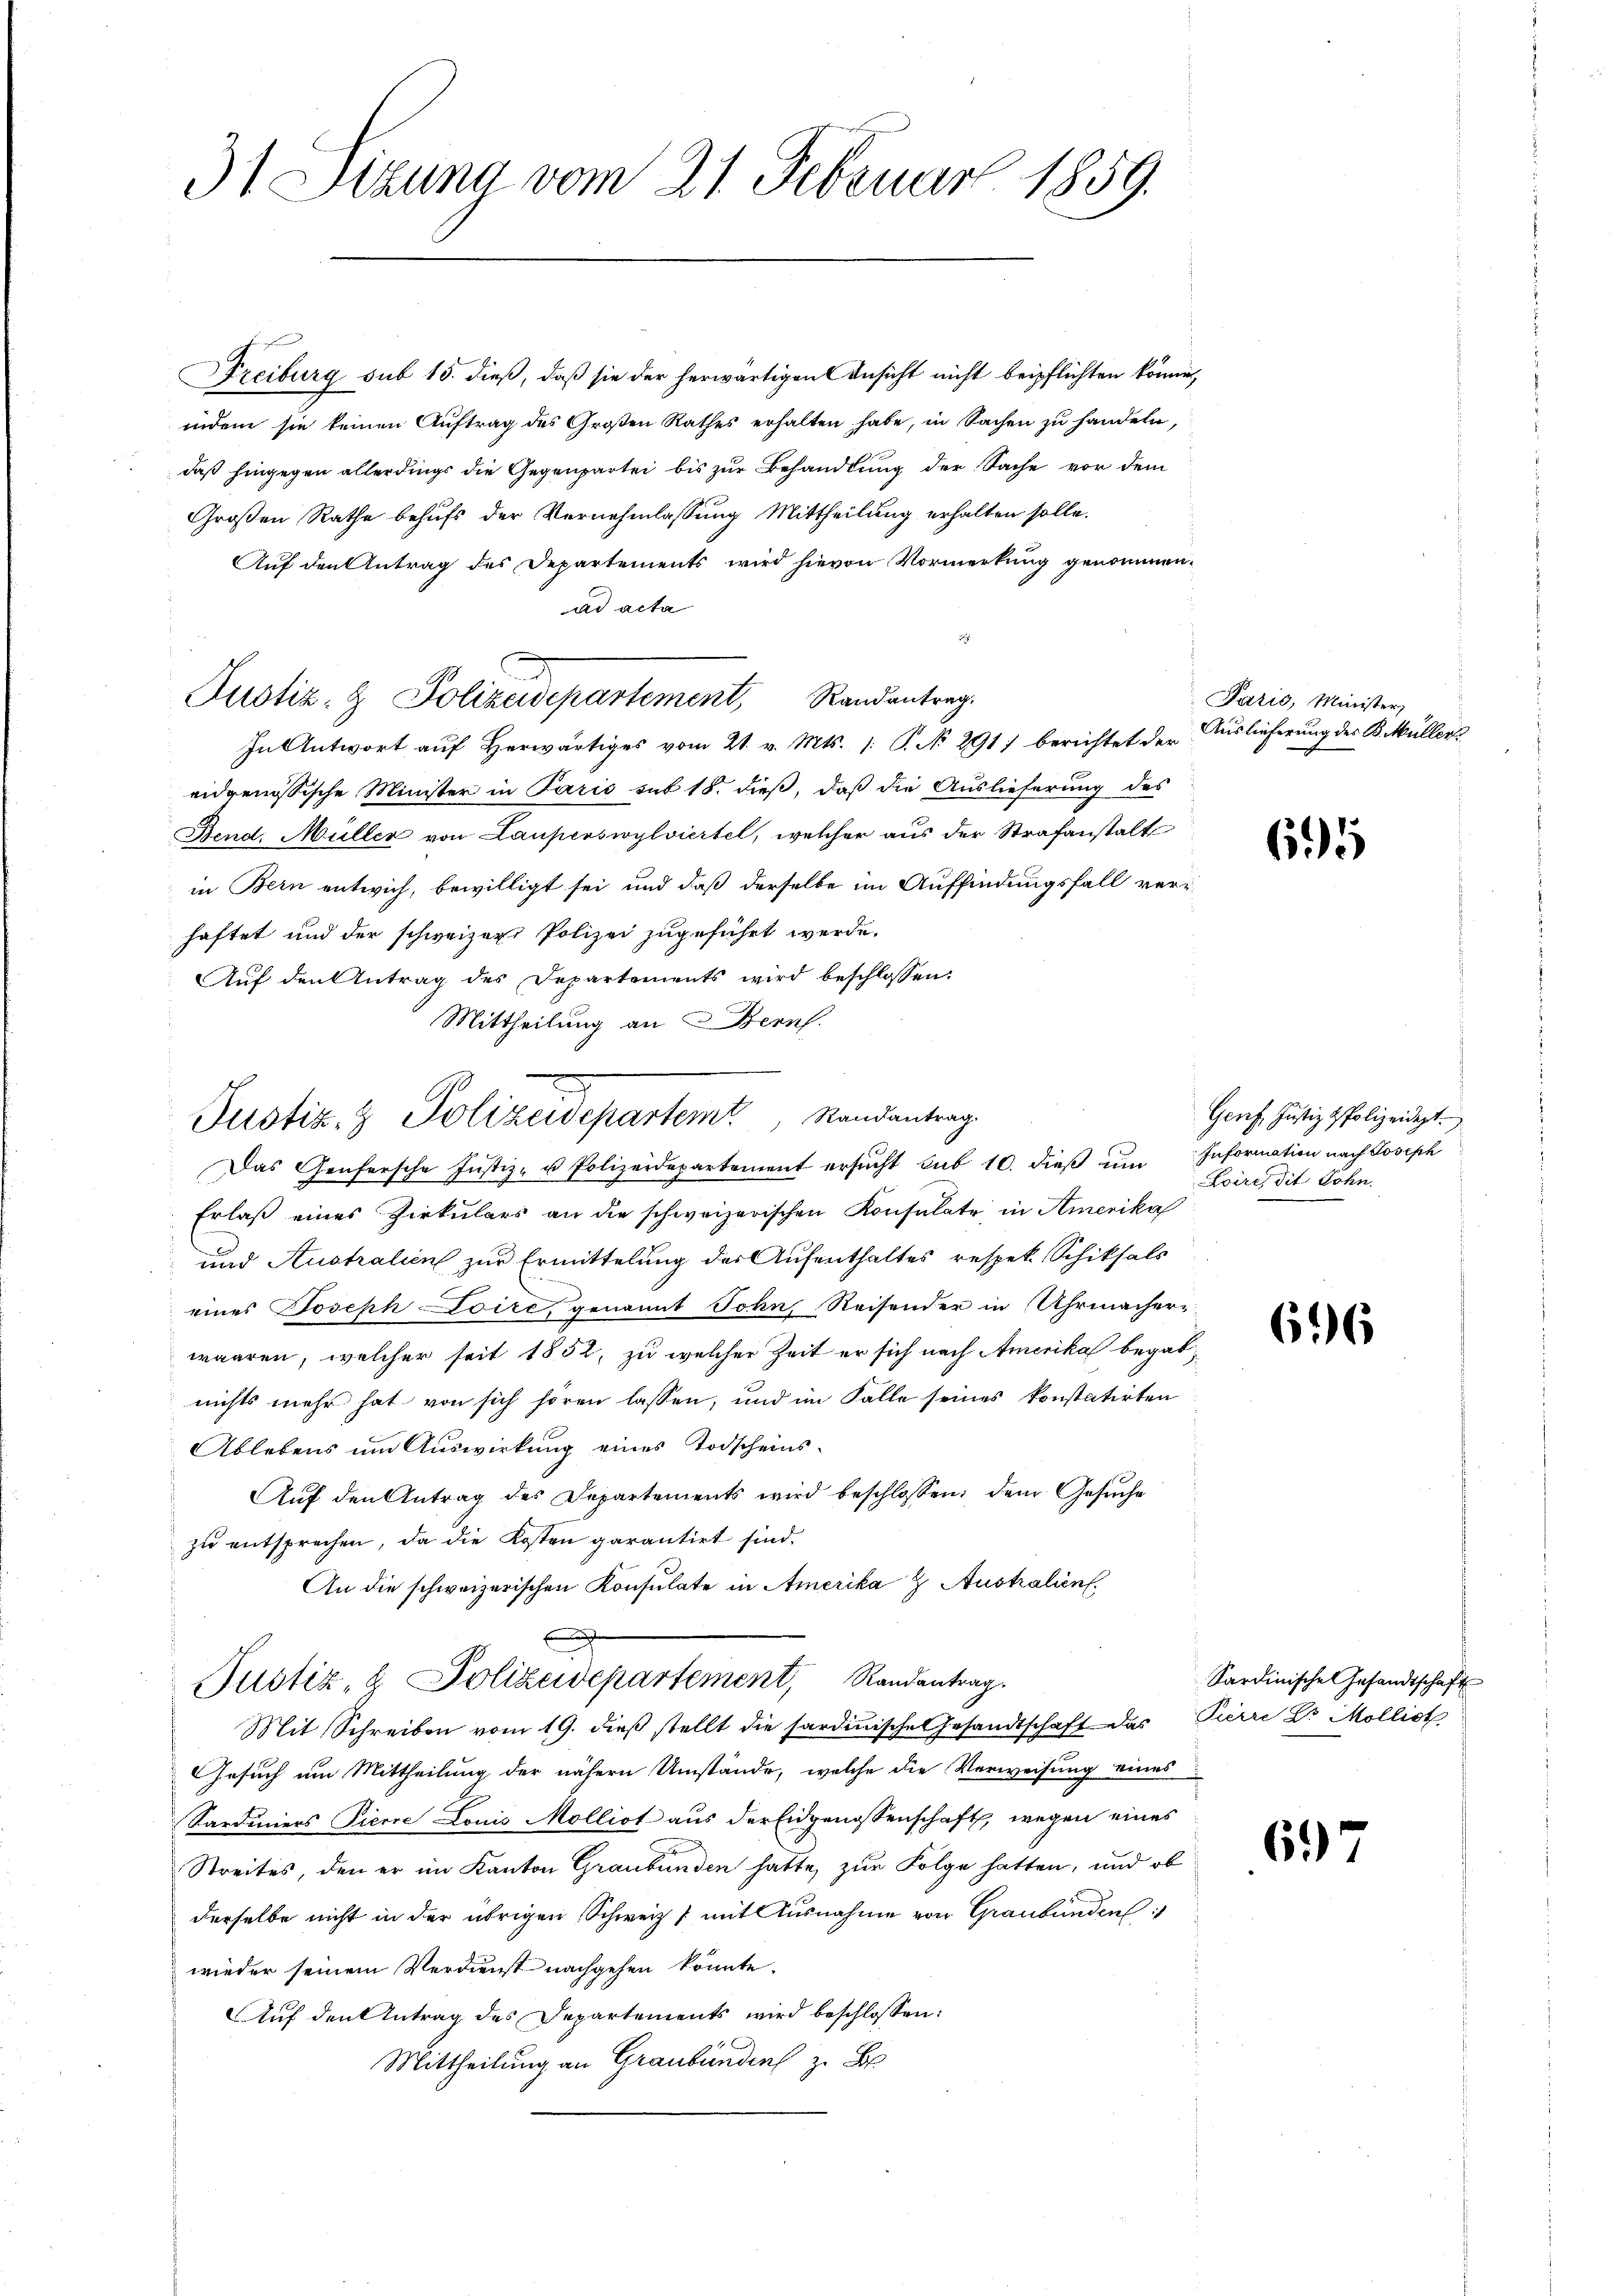
31 Sizung vom 21. Februar 1859.

Freiburg sub 15. dieß, daß sie der herwärtigen Ansicht nicht beipflichten könne,
indem sie keinen Auftrag des Großen Rathes erhalten habe, in Sachen zu handeln,
daß hingegen allerdings die Gegenpartei bis zur Behandlung der Sache vor dem
Großen Rathe behufs der Vernehmlassung Mittheilung erhalten solle.
Auf den Antrag des Departements wird hievon Vormerkung genommen.
ad acta
Justiz- & Polizeidepartement, Randantrag.
In Antwort aŭf herwärtiges vom 21. v. Mts. 1. P. No. 291) berichtet der Auslieferung der B. Müllerl
eidgenössische Minister in Paris sub 15. dieß, daß die Auslieferung des
Bend. Müller von Lauperswylviertel, welcher aus der Strafanstalt
in Bern entwich, bewilligt sei und daß derselbe im Auffindungsfall verhaftet und der schweizer Polizei zugeführt werde.
Aŭf den Antrag des Departements wird beschlossen:
Mittheilung an Berns.
Das Genfersche Justiz- u Polizeidepartement ersucht sub 10. dieß um Information nach Joseph
Erlaß eines Zirkulars an die schweizerischen Konsulate, in Amerika
und Australien zur Ermittelung des Aufenthaltes respek. Schiksals
eines Joseph Loire, genannt Sohn, Reisender in Uhrmacher
waaren, welcher seit 1852, zu welcher Zeit er sich nach Amerika begabnichts mehr hat von sich hören lassen, und im Falle seines konstatirten
Ablebens um Auswirkung eines Todscheins¬
Aŭf den Antrag des Departements wird beschlossen: dem Gesŭche
zu entsprechen, da die Kosten garantirt sind.
An die schweizerischen Konsulate in Amerika  Australien
Justiz- & Polizeidepartement, Randantrag.
Mit Schreiben vom 19. dieβ stellt die sardinische Gesandtschaft das Pierre Dr. Mollist
Gesuch um Mittheilung der nähern Umstände, welche die Verweisung eines
Sardiniers Pierre Louis Mollist aus der Eidgenossenschaft, wegen eines
Streites, den er im Kanton Graubünden hatte, zur Folge hatten, und ob
derselbe nicht in der übrigen Schweiz 7 mit Ausnahme von Graubünden
wieder seinem Verdienst nachgehen könnte.
Auf den Antrag des Departements wird beschlossen:
Mittheilung an Graubünden zu B

Justiz- & Polizeidepartem Randantrag.

Paris, Minister,

695

Genf, Justiz & Polizeidigt.
Zoires dit Lohn.

66

Sardinische Gesandtschaft

61)